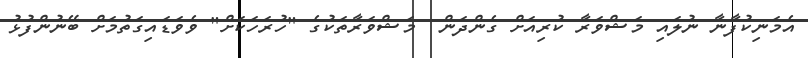
އެމަނިކުފާނާ ނުލައި މަޝްވަރާ ކުރިއަށް ގެންދަން  މަޝްވަރާތަކުގެ "ހުރަހަކަށް" ވެވަޑައިގަތުމަށް ބޭނުންފުޅު